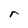
Character: r